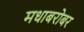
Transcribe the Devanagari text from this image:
मधाबरोबर